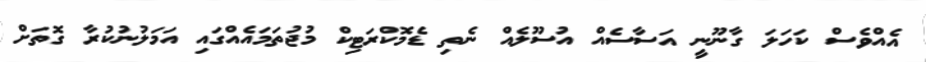
އެއްވެސް ކަހަލަ ގާނޫނީ އަސާސެއް އުސޫލެއް ނެތި ޑެމޮކްރަޓިކް މުޖުތަމައެއްގައި އަމަލުނުކުރާ ގޮތަށް